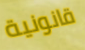
قانونية